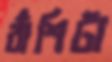
বাঁশিটা